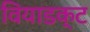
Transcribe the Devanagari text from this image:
वियाडक्ट